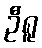
ဦရူ